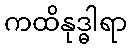
ကထိနုဒ္ဓါရာ